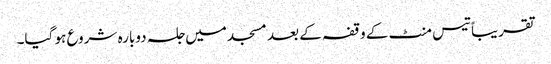
تقریباً تیس منٹ کے وقفہ کے بعد مسجد میں جلسہ دوبارہ شروع ہو گیا۔